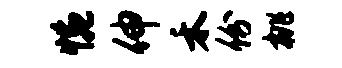
惋伸禾份桃